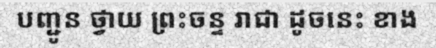
បញ្ជូន ថ្វាយ ព្រះចន្ទ រាជា ដូចនេះ ខាង